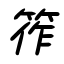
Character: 筰